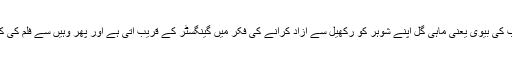
ٹریلر دیکھ کر اندازہ ہوتا ہے کہ صاحب کی بیوی یعنی ماہی گل اپنے شوہر کو رکھیل سے آزاد کرانے کی فکر میں گینگسٹر کے قریب آتی ہے اور پھر وہیں سے فلم کی کہانی میں ہر لمحے ایک نیا موڑ آتا ہے۔